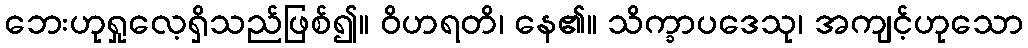
ဘေးဟုရှုလေ့ရှိသည်ဖြစ်၍။ ဝိဟရတိ၊ နေ၏။ သိက္ခာပဒေသု၊ အကျင့်ဟုသော